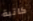
كاتبة